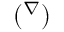
( ^ { \nabla } )